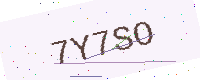
Text: 7Y7SO